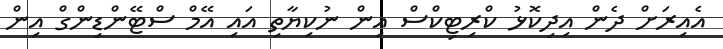
އެއިރަށް ދެން އިދިކޮޅު ކްރިޓިކްސް އިން ނުކިޔާތި އައި އޭމް ސްޓޭންޑިންގް އިން